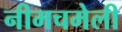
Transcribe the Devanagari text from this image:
नीमचमेली